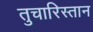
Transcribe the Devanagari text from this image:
तुचारिस्तान